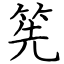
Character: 筅